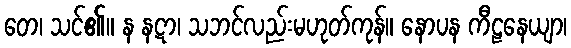
တေ၊ သင်၏။ န နဋာ၊ သဘင်လည်းမဟုတ်ကုန်။ နောပန ကီဠနေယျာ၊